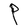
Character: P